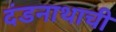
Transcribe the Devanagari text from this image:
दंडनाथाची